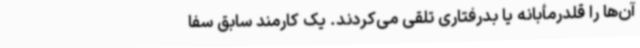
آن‌ها را قلدرمأبانه یا بدرفتاری تلقی می‌کردند. یک کارمند سابق سفا